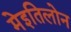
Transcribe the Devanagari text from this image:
मेइतिलोन